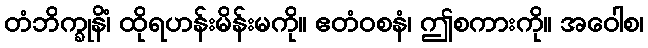
တံဘိက္ခုနိံ၊ ထိုရဟန်းမိန်းမကို။ ဧတံဝစနံ၊ ဤစကားကို။ အဝေါစ၊